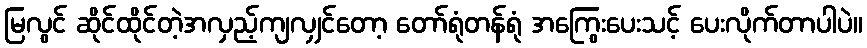
မြလွင် ဆိုင်ထိုင်တဲ့အလှည့်ကျလျှင်တော့ တော်ရုံတန်ရုံ အကြွေးပေးသင့် ပေးလိုက်တာပါပဲ။